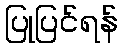
ပြုပြင်ရန်